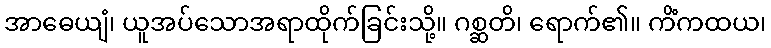
အာဓေယျံ၊ ယူအပ်သောအရာထိုက်ခြင်းသို့။ ဂစ္ဆတိ၊ ရောက်၏။ ကိံကထယ၊